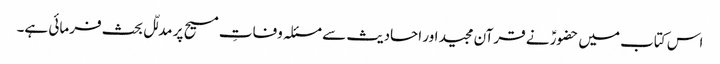
اس کتاب میں حضورؑ نے قرآن مجید اور احادیث سے مسئلہ وفاتِ مسیح پر مدلّل بحث فرمائی ہے۔